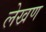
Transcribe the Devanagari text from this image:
लेखण